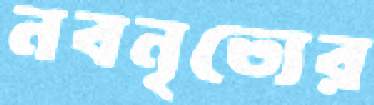
নবনৃত্যের